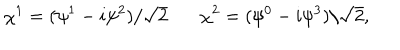
LaTeX: \chi ^ { 1 } = ( \psi ^ { 1 } - i \psi ^ { 2 } ) / \sqrt { 2 } ~ \chi ^ { 2 } = ( \psi ^ { 0 } - i \psi ^ { 3 } ) / \sqrt { 2 } ,